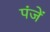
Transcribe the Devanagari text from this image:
पंजें